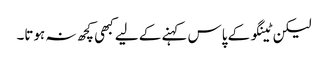
لیکن ٹینگو کے پاس کہنے کے لیے کبھی کچھ نہ ہوتا۔